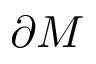
\partial M